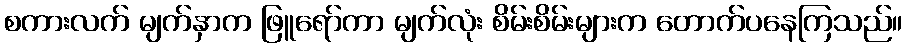
စကားလက် မျက်နှာက ဖြူရော်ကာ မျက်လုံး စိမ်းစိမ်းများက တောက်ပနေကြသည်။